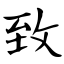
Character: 致